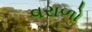
વરાળો